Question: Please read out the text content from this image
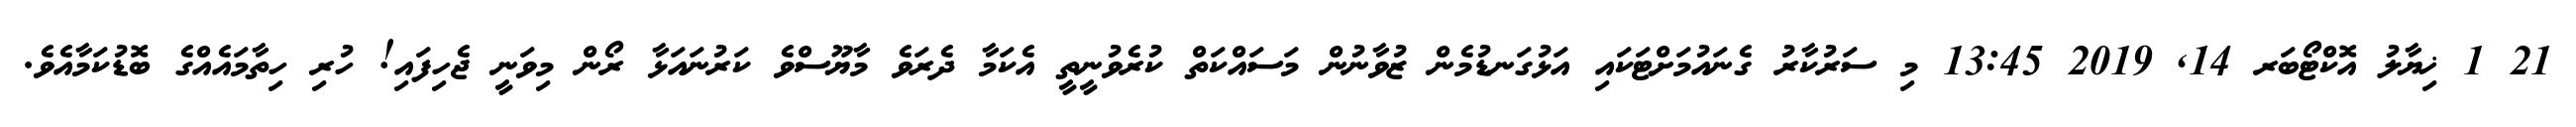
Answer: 21 1 ޚިޔާލު އޮކްޓޯބަރ 14, 2019 13:45 މި ސަރުކާރު ގެނައުމަށްޓަކައި އަޅުގަނޑުމެން ޒުވާނުން މަސައްކަތް ކުރެވުނީތީ އެކަމާ ދެރަވެ މާޔޫސްވެ ކަރުނައަޅާ ރޯން މިވަނީ ޖެހިފައި! ހުރި ހިތާމައެއްގެ ބޮޑުކަމާއެވެ.